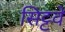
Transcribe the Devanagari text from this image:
सिट्टवे